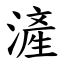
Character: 滻